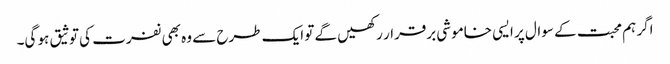
اگر ہم محبت کے سوال پر ایسی خاموشی برقرار رکھیں گے تو ایک طرح سے وہ بھی نفرت کی توثیق ہو گی۔